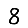
Digit: 8